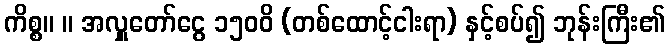
ကိစ္စ။ ။ အလှူတော်ငွေ ၁၅၀၀ိ (တစ်ထောင့်ငါးရာ) နှင့်စပ်၍ ဘုန်းကြီး၏